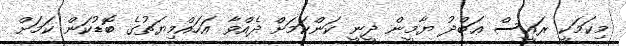
މިކަމަކީ ރައީސް ޢަބްދު ޔާމީން ދީނީ ކަންކަމަށް ދެއްވާ އަހައްމިޔަތުގެ ބޮޑުކަން ކަމަށް